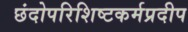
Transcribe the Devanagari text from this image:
छंदोपरिशिष्टकर्मप्रदीप